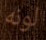
لونه